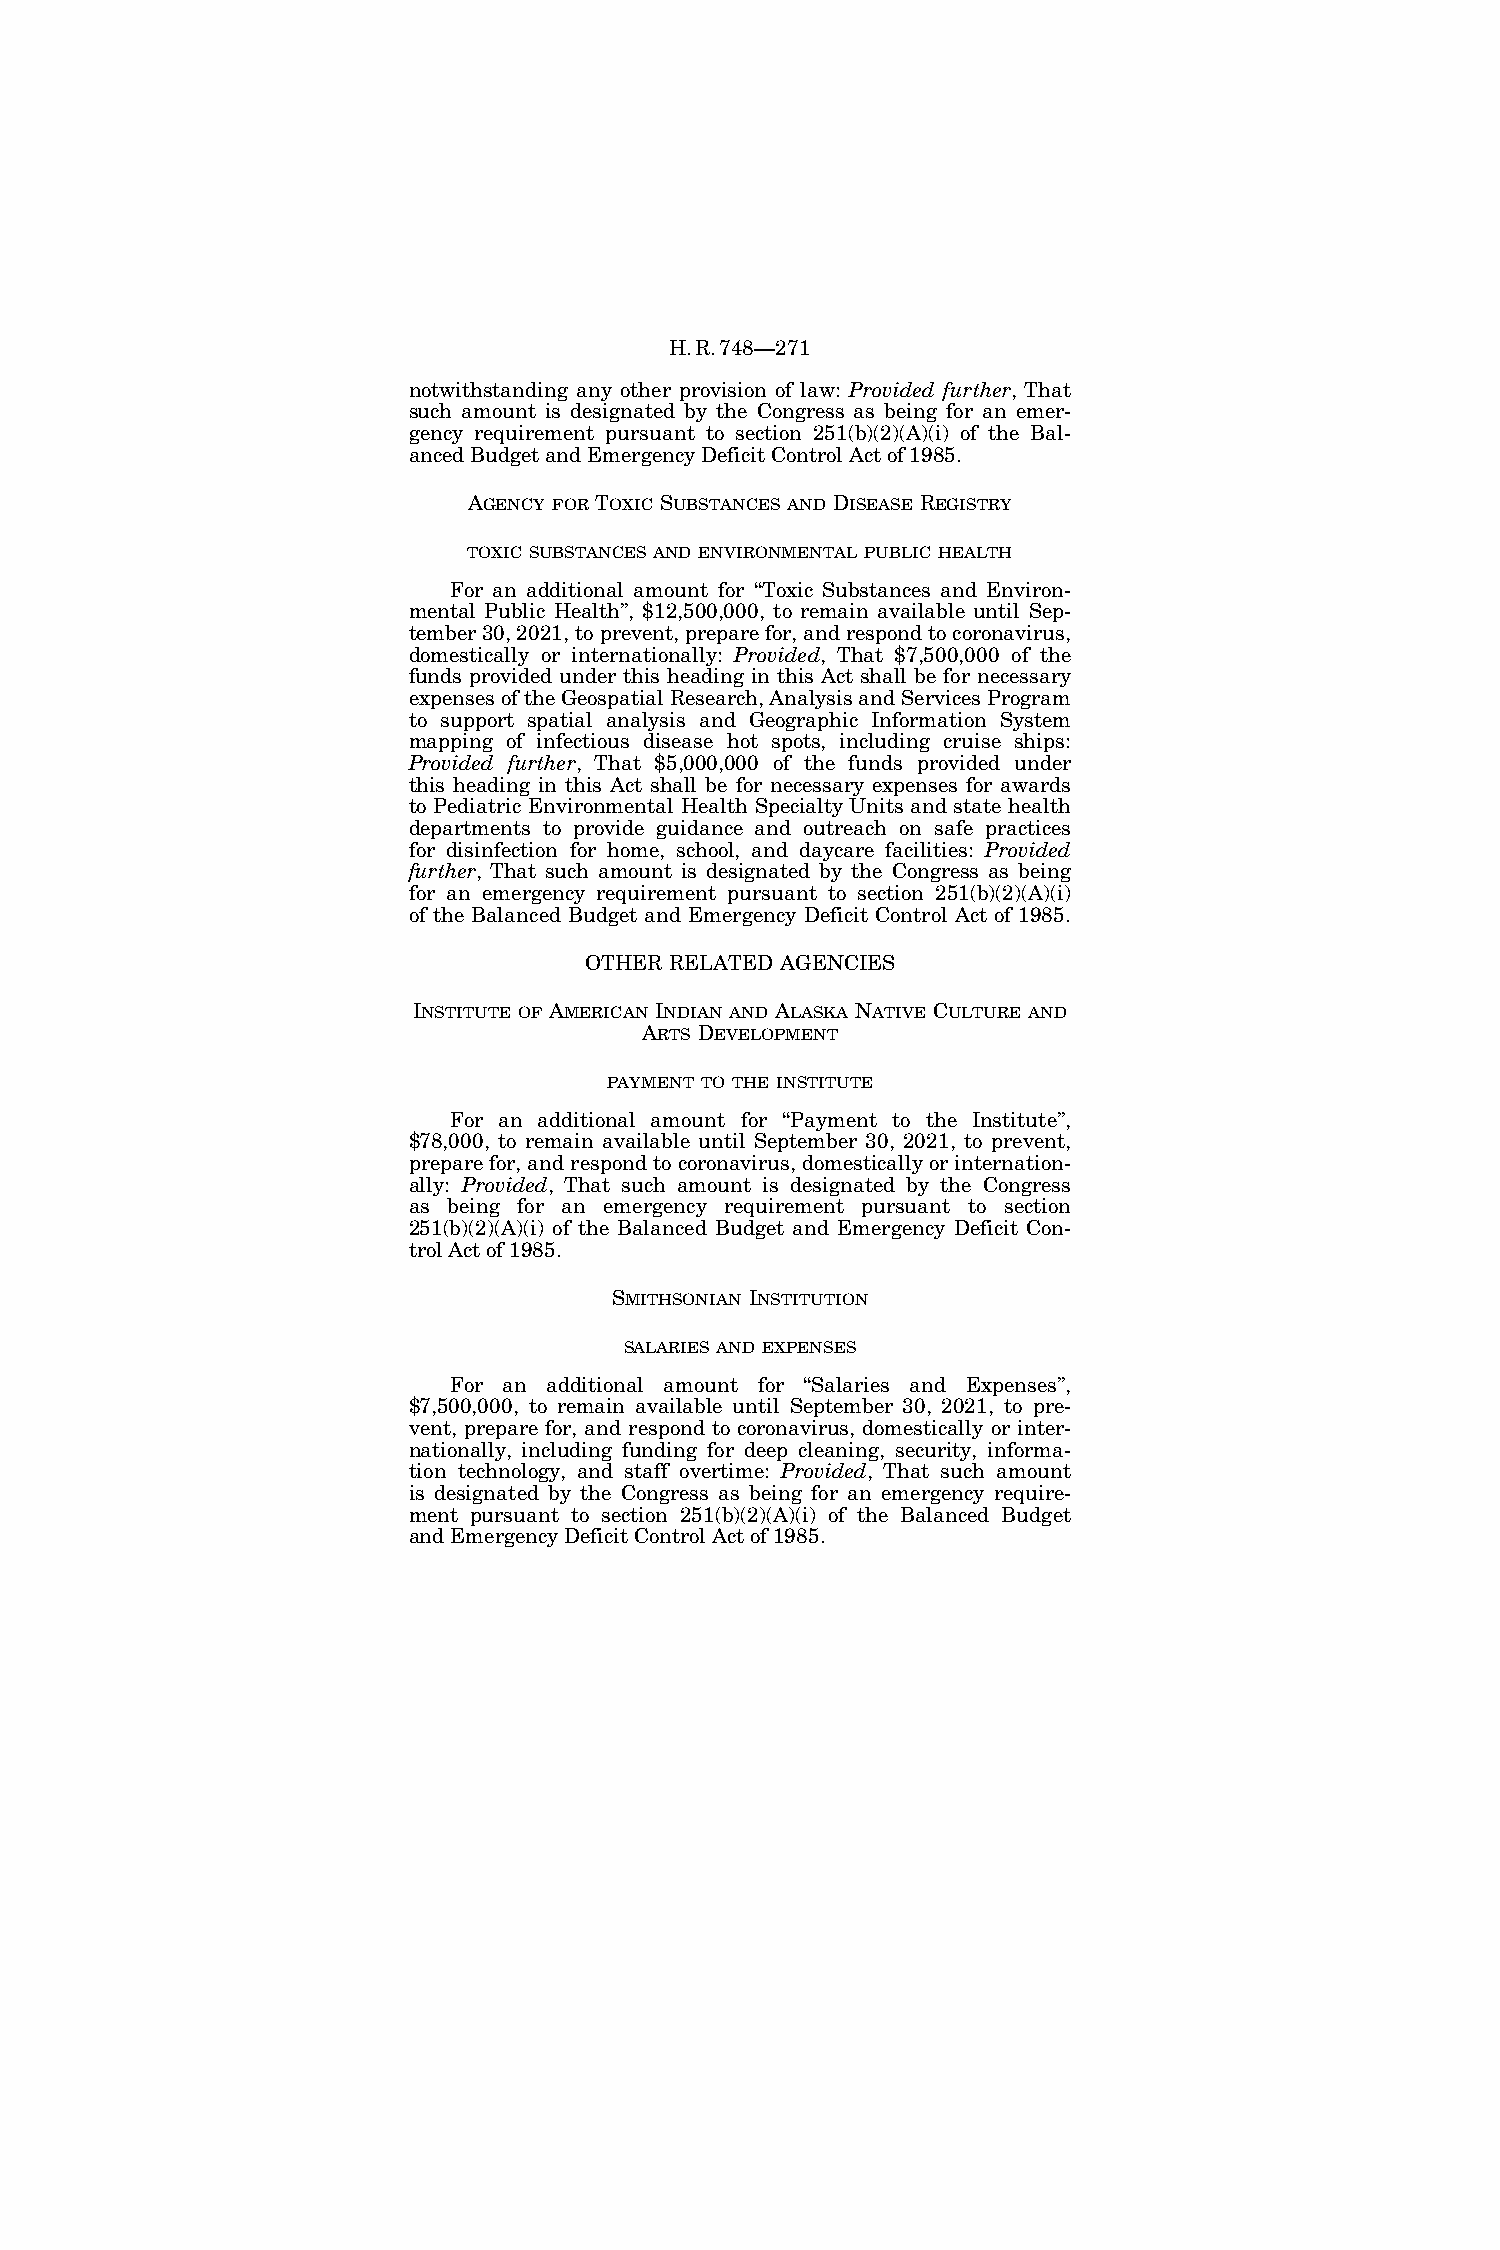
H.R.748—271
 notwithstanding any other provision of law: Provided further, That
 such amount is designated by the Congress as being for an emer-
 gency requirement pursuant to section 251(b)(2)(A)(i) of the Bal-
 anced Budget and Emergency Deficit Control Act of 1985.
 AGENCY FOR TOXIC SUBSTANCES AND DISEASE REGISTRY
 TOXIC SUBSTANCES AND ENVIRONMENTAL PUBLIC HEALTH
 For an additional amount for ‘‘Toxic Substances and Environ-
 mental Public Health’’, $12,500,000, to remain available until Sep-
 tember 30, 2021, to prevent, prepare for, and respond to coronavirus,
 domestically or internationally: Provided, That $7,500,000 of the
 funds provided under this heading in this Act shall be for necessary
 expenses of the Geospatial Research, Analysis and Services Program
 to support spatial analysis and Geographic Information System
 mapping of infectious disease hot spots, including cruise ships:
 Provided further, That $5,000,000 of the funds provided under
 this heading in this Act shall be for necessary expenses for awards
 to Pediatric Environmental Health Specialty Units and state health
 departments to provide guidance and outreach on safe practices
 for disinfection for home, school, and daycare facilities: Provided
 further, That such amount is designated by the Congress as being
 for an emergency requirement pursuant to section 251(b)(2)(A)(i)
 of the Balanced Budget and Emergency Deficit Control Act of 1985.
 OTHER RELATED AGENCIES
 INSTITUTE OF AMERICAN INDIAN AND ALASKA NATIVE CULTURE AND
 ARTS DEVELOPMENT
 PAYMENT TO THE INSTITUTE
 For an additional amount for ‘‘Payment to the Institute’’,
 $78,000, to remain available until September 30, 2021, to prevent,
 prepare for, and respond to coronavirus, domestically or internation-
 ally: Provided, That such amount is designated by the Congress
 as being for an emergency requirement pursuant to section
 251(b)(2)(A)(i) of the Balanced Budget and Emergency Deficit Con-
 trol Act of 1985.
 SMITHSONIAN INSTITUTION
 SALARIES AND EXPENSES
 For an additional amount for ‘‘Salaries and Expenses’’,
 $7,500,000, to remain available until September 30, 2021, to pre-
 vent, prepare for, and respond to coronavirus, domestically or inter-
 nationally, including funding for deep cleaning, security, informa-
 tion technology, and staff overtime: Provided, That such amount
 is designated by the Congress as being for an emergency require-
 ment pursuant to section 251(b)(2)(A)(i) of the Balanced Budget
 and Emergency Deficit Control Act of 1985.